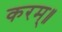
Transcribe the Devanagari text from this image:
करम्॥